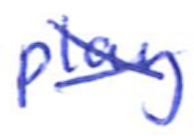
Text: play
Cross-out: cross
Writing tool: ballpoint